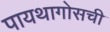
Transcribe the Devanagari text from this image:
पायथागोसची